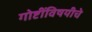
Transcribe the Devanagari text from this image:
गोष्टींविषयीचे